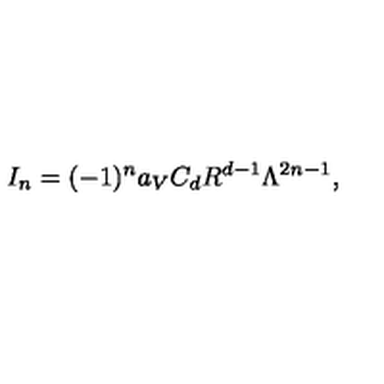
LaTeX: I _ { n } = ( - 1 ) ^ { n } a _ { V } C _ { d } R ^ { d - 1 } \Lambda ^ { 2 n - 1 } ,